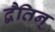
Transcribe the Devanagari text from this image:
द्वैतिन्